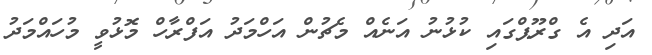
އަދި އެ ގްރޫޕްގައި ކުޅުނު އަނެއް މެޗުން އަހްމަދު އަފްރާހް މޮޅުވީ މުހައްމަދު